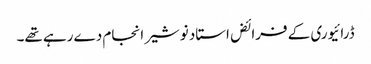
ڈرائیوری کے فرائض استاد نوشیر انجام دے رہے تھے۔